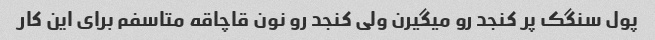
پول سنگک پر کنجد رو میگیرن ولی کنجد رو نون قاچاقه متاسفم برای این کار